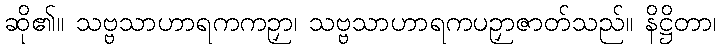
ဆို၏။ သဗ္ဗသာဟာရကကဉှာ၊ သဗ္ဗသာဟာရကပဉှာဇာတ်သည်။ နိဋ္ဌိတာ၊